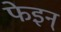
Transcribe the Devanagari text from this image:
फेइन्